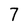
Character: 7